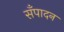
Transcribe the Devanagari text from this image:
सँपादन